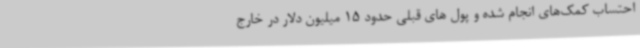
احتساب کمک‌های انجام شده و پول های قبلی حدود 15 میلیون دلار در خارج